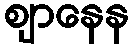
ဈာနေန